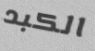
الكبد